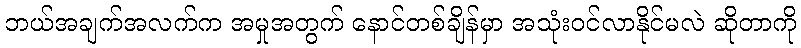
ဘယ်အချက်အလက်က အမှုအတွက် နောင်တစ်ချိန်မှာ အသုံးဝင်လာနိုင်မလဲ ဆိုတာကို